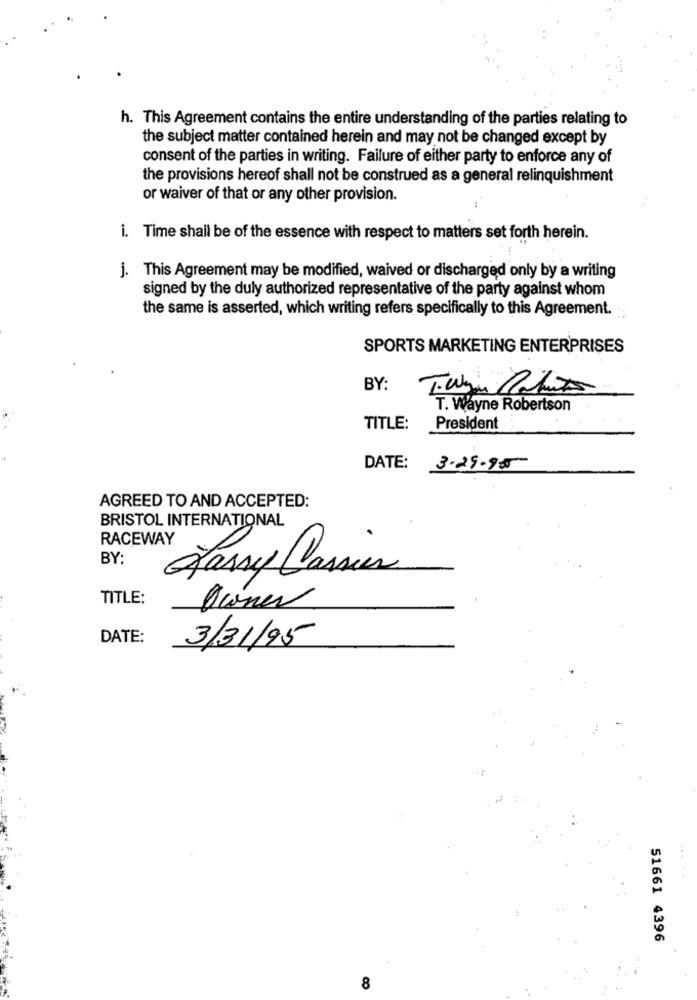
h. This Agreement contains the entire understanding of the parties relating to
the subject matter contained herein and may not be changed except by
consent of the parties in writing. Failure of either party to enforce any of
the provisions hereof shall not be construed as a general relinquishment
or waiver of that or any other provision.
i. Time shall be of the essence with respect to matters set forth herein.
j. This Agreement may be modified, waived or discharged only by a writing
signed by the duly authorized representative of the party against whom
the same is asserted, which writing refers specifically to this Agreement.
SPORTS MARKETING ENTERPRISES
BY:
T. Wayne Robertson
TITLE:
President
DATE:
3.29.95
AGREED TO AND ACCEPTED:
BRISTOL INTERNATIONAL
RACEWAY
BY:
Lassy Cassie
TITLE:
Oconer
DATE:
3/31/95
51661 4396
8